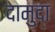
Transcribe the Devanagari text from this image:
दामुदा